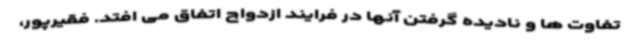
تفاوت ها و نادیده گرفتن آنها در فرایند ازدواج اتفاق می افتد. فقیرپور،